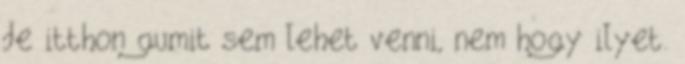
de itthon gumit sem lehet venni, nem hogy ilyet.